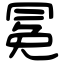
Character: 冕